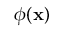
\phi ( \mathbf { x } )